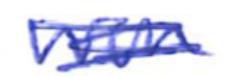
Text: won
Cross-out: scratch
Writing tool: ballpoint